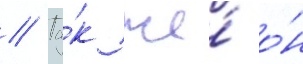
// Та́к же́ о́н